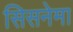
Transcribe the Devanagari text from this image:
सिसनेमा